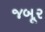
જબૂર